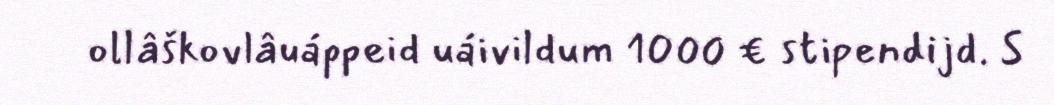
ollâškovlâuáppeid uáivildum 1000 € stipendijd. S